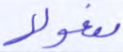
مفعولا